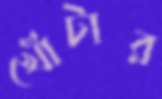
খোঁটার